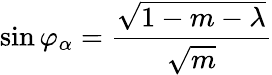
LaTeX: \sin\varphi_{\alpha}=\frac{\sqrt{1-m-\lambda}}{\sqrt{m}}